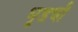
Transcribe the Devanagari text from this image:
भूडची